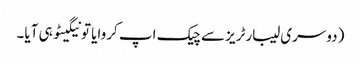
(دوسری لیبارٹریز سے چیک اپ کروایا تو نیگیٹو ہی آیا۔